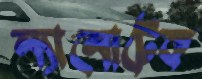
ন্যানোটেক